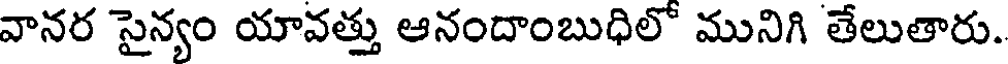
వానర సైన్యం యావత్తు ఆనందాంబుధిలో మునిగి తేలుతారు.